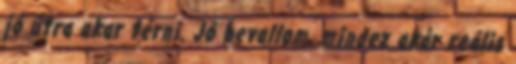
jó útra akar térni. Jó bevallom, mindez akár reális